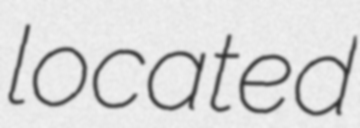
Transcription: located